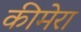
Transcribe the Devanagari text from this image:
कीमेरा